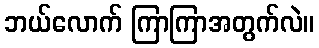
ဘယ်လောက် ကြာကြာအတွက်လဲ။